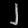
Digit: ၂